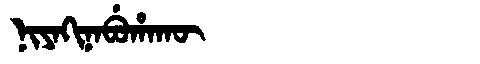
Manchu: ᠨᡳᠶᠠᡴᡳᠨᠠᠪᡠᡥᠠᡴᡡ
Romanization: NIYAKINABUHAKŪ